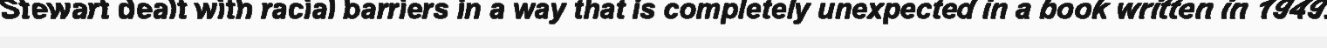
Stewart dealt with racial barriers in a way that is completely unexpected in a book written in 1949.